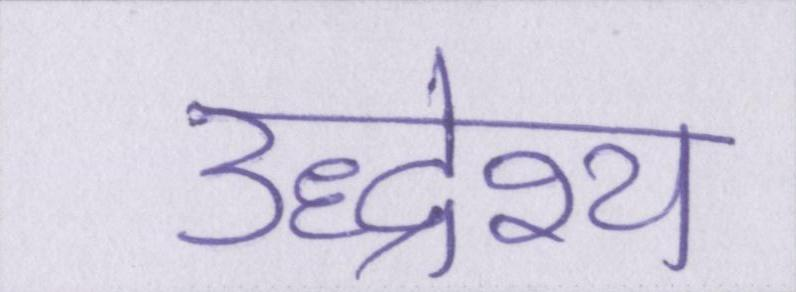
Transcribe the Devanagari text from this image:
उद्धेश्य